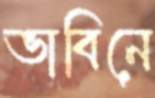
ভাবিনে